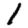
Digit: 1